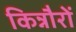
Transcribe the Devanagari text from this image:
किन्नौरों